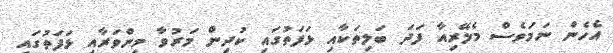
އެހެން ނަމަވެސް މެލޭރިއާ ފަދަ ބަލިތަކާއި ޅަފަތުގައި ކުދިން މަރުވާ މިންވަރާއި ޅަފަތުގައި